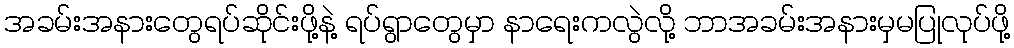
အခမ်းအနားတွေရပ်ဆိုင်းဖို့နဲ့ ရပ်ရွာတွေမှာ နာရေးကလွဲလို့ ဘာအခမ်းအနားမှမပြုလုပ်ဖို့